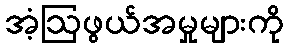
အံ့ဩဖွယ်အမှုများကို